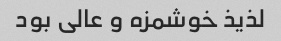
لذیذ خوشمزه و عالی بود